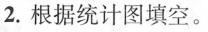
2.根据统计图填空。